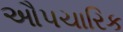
ઔપચારિક